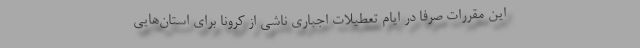
این مقررات صرفا در ایام تعطیلات اجباری ناشی از کرونا برای استان‌هایی